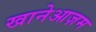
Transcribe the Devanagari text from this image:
खानेआज़म